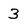
Character: 3